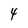
Character: 4